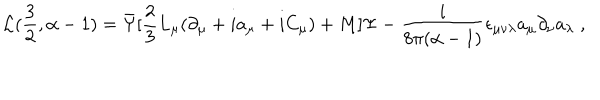
{ \cal L } ( \frac { 3 } { 2 } , \alpha - 1 ) = \bar { \Psi } [ \frac { 2 } { 3 } L _ { \mu } ( \partial _ { \mu } + i a _ { \mu } + i C _ { \mu } ) + M ] \Psi - \frac { i } { 8 \pi ( \alpha - 1 ) } \epsilon _ { \mu \nu \lambda } a _ { \mu } \partial _ { \nu } a _ { \lambda } \; ,